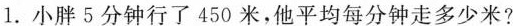
1.小胖5分钟行了450米，他平均每分钟走多少米?